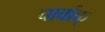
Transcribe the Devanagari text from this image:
चार्वाक्